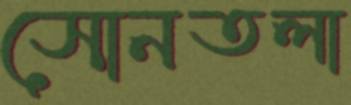
সোনতলা